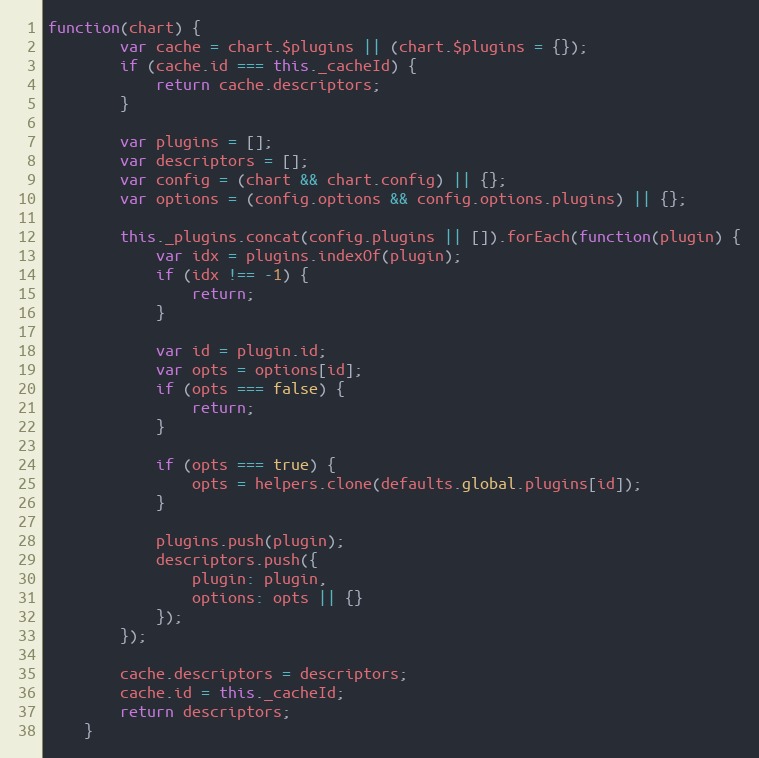
Language: JavaScript
function(chart) {
		var cache = chart.$plugins || (chart.$plugins = {});
		if (cache.id === this._cacheId) {
			return cache.descriptors;
		}

		var plugins = [];
		var descriptors = [];
		var config = (chart && chart.config) || {};
		var options = (config.options && config.options.plugins) || {};

		this._plugins.concat(config.plugins || []).forEach(function(plugin) {
			var idx = plugins.indexOf(plugin);
			if (idx !== -1) {
				return;
			}

			var id = plugin.id;
			var opts = options[id];
			if (opts === false) {
				return;
			}

			if (opts === true) {
				opts = helpers.clone(defaults.global.plugins[id]);
			}

			plugins.push(plugin);
			descriptors.push({
				plugin: plugin,
				options: opts || {}
			});
		});

		cache.descriptors = descriptors;
		cache.id = this._cacheId;
		return descriptors;
	}